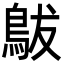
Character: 䳁